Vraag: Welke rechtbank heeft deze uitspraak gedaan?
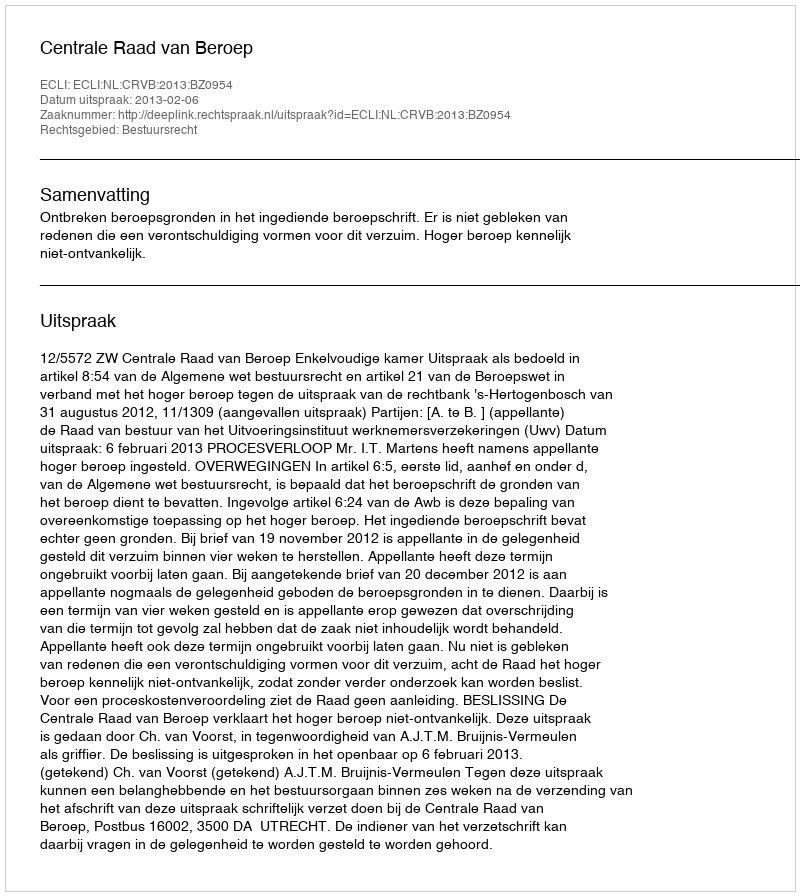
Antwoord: Centrale Raad van Beroep